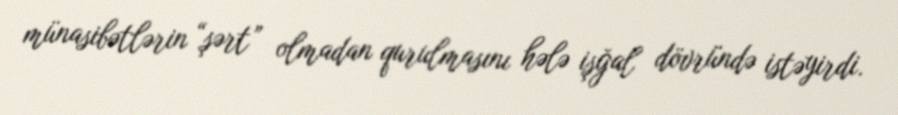
münasibətlərin “şərt” olmadan qurulmasını hələ işğal dövründə istəyirdi.